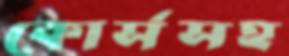
কোর্সসহ